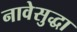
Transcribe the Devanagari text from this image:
नावेसुद्धा